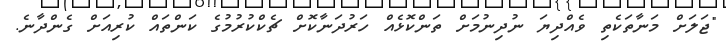
"ޖަލަށް މަނާތަކެތި ވެއްދިޔަ ނުދިނުމަށް ތަންކޮޅެއް ހަރުދަނާކޮށް ޗެކްކުރުމުގެ ކަންތައް ކުރިއަށް ގެންދާނެ.